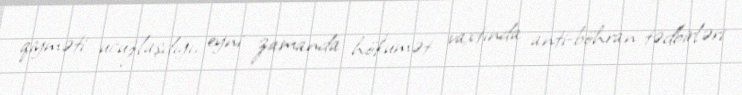
qiyməti ucuzlaşdığı, eyni zamanda hökumət vaxtında anti-böhran tədbirləri